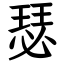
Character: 瑟